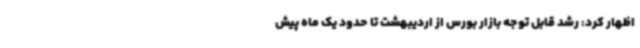
اظهار کرد: رشد قابل توجه بازار بورس از اردیبهشت تا حدود یک ماه پیش